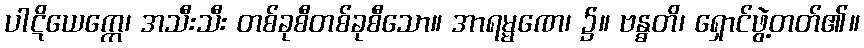
ပါဋိယေက္ကေ၊ အသီးသီး တစ်ခုစီတစ်ခုစီသော။ အာရမ္မဏေ၊ ၌။ ဗန္ဓတိ၊ ရှောင်ဖွဲ့တတ်၏။